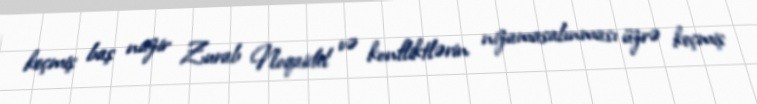
keçmiş baş nazir Zurab Noqaidel və konfliktlərin nizamasalınması üzrə keçmiş